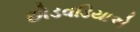
છોડવડિયાએ